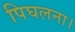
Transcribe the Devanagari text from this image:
पिघलना।